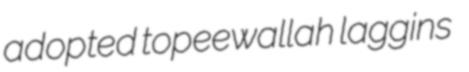
adopted topeewallah laggins